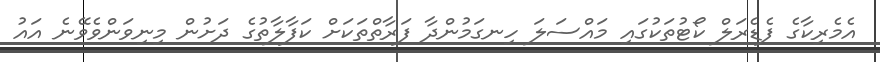
އެމެރިކާގެ ފެޑެރަލް ކޯޓުތަކުގައި މައްސަލަ ހިނގަމުންދާ ފަރާތްތަކަށް ކަފާލާތުގެ ދަށުން މިނިވަންވެވޭނެ އައު